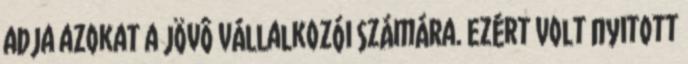
adja azokat a jövô vállalkozói számára. Ezért volt nyitott